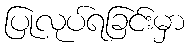
ပြုလုပ်ရခြင်းမှာ